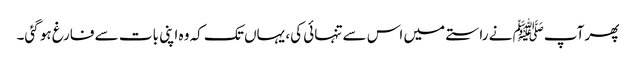
پھر آپﷺ نے راستے میں اس سے تنہائی کی، یہاں تک کہ وہ اپنی بات سے فارغ ہو گئی۔